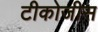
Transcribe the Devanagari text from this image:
टीकोजीस